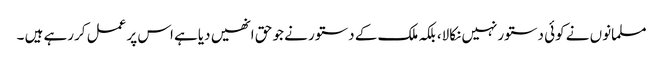
مسلمانوں نے کوئی دستورنہیں نکالا، بلکہ ملک کے دستور نے جو حق انھیں دیاہے اس پر عمل کررہے ہیں ۔